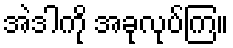
အဲဒါကို အခုလုပ်ကြ။